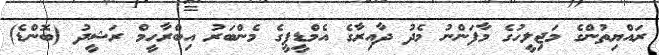
ރައްޔިތުންގެ މަޖިލީހުގެ މާފަންނު މެދު ދާއިރާގެ އެމްޑީޕީގެ މެންބަރު އިބްރާހީމް ރަޝީދު (ބޮންޑެ)